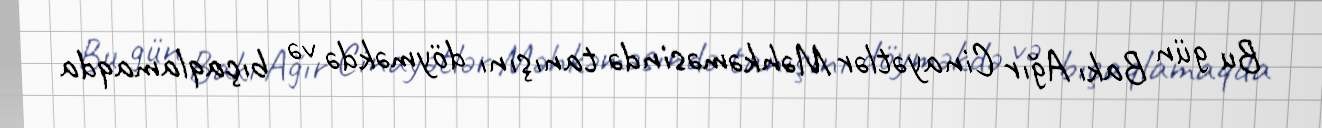
Bu gün Bakı Ağır Cinayətlər Məhkəməsində tanışını döyməkdə və bıçaqlamaqda